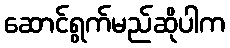
ဆောင်ရွက်မည်ဆိုပါက